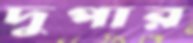
দুপার